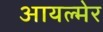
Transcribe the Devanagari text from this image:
आयल्मेर